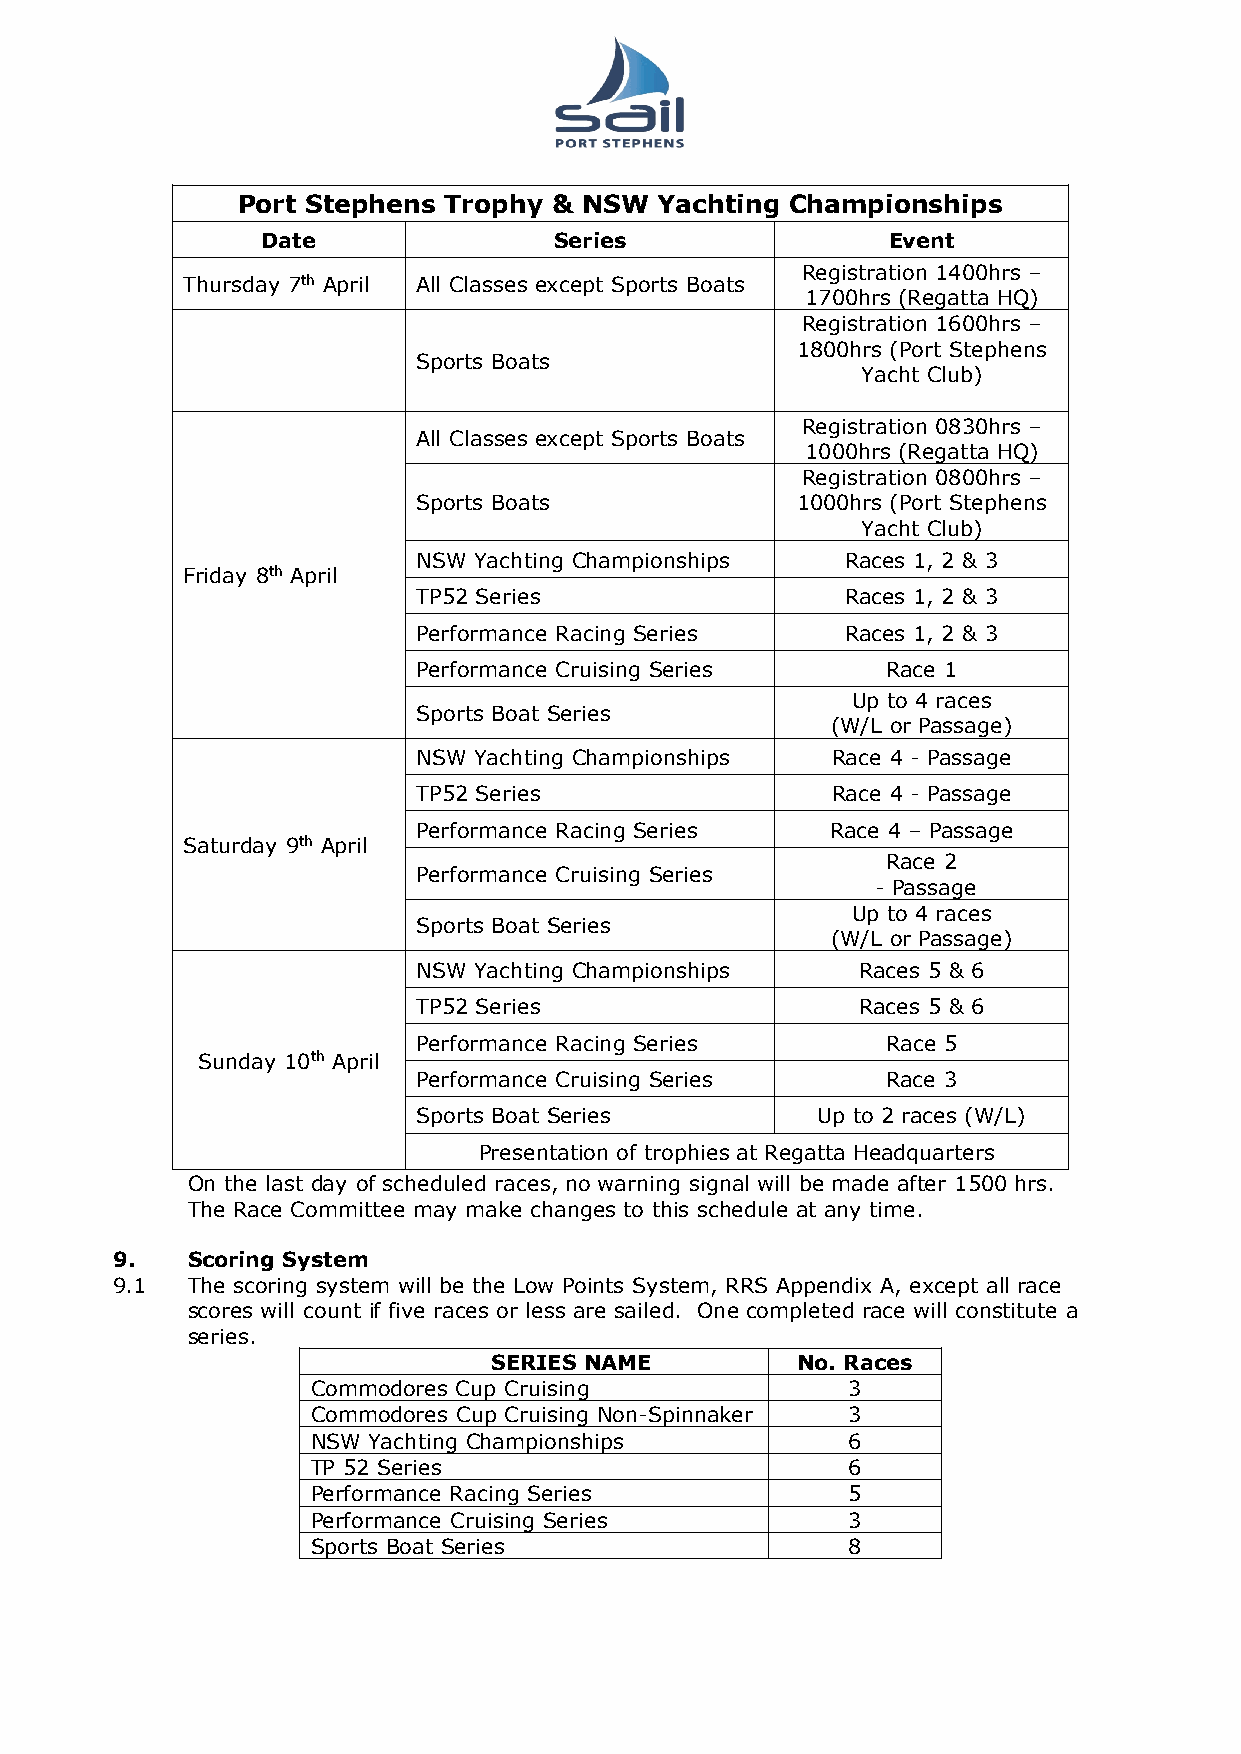
Port Stephens Trophy & NSW  Yachting Championships
 Date                Series                Event
 Registration 1400hrs –
 Thursday 7th April All Classes except Sports Boats
 1700hrs (Regatta HQ)
 Registration 1600hrs –
 1800hrs (Port Stephens
 Sports Boats
 Yacht Club)
 Registration 0830hrs –
 All Classes except Sports Boats
 1000hrs (Regatta HQ)
 Registration 0800hrs –
 Sports Boats             1000hrs (Port Stephens
 Yacht Club)
 NSW Yachting Championships  Races 1, 2 & 3
 Friday 8th April
 TP52 Series                 Races 1, 2 & 3
 Performance Racing Series   Races 1, 2 & 3
 Performance Cruising Series    Race 1
 Up to 4 races
 Sports Boat Series
 (W/L or Passage)
 NSW Yachting Championships Race 4 - Passage
 TP52 Series                Race 4 - Passage
 Performance Racing Series  Race 4 – Passage
 Saturday 9th April
 Race 2
 Performance Cruising Series
 - Passage
 Up to 4 races
 Sports Boat Series
 (W/L or Passage)
 NSW Yachting Championships   Races 5 & 6
 TP52 Series                  Races 5 & 6
 Performance Racing Series      Race 5
 Sunday 10th April
 Performance Cruising Series    Race 3
 Sports Boat Series        Up to 2 races (W/L)
 Presentation of trophies at Regatta Headquarters
 On the last day of scheduled races, no warning signal will be made after 1500 hrs.
 The Race Committee may make changes to this schedule at any time.
 9.   Scoring System
 9.1  The scoring system will be the Low Points System, RRS Appendix A, except all race
 scores will count if five races or less are sailed. One completed race will constitute a
 series.
 SERIES NAME          No. Races
 Commodores Cup Cruising            3
 Commodores Cup Cruising Non-Spinnaker 3
 NSW Yachting Championships         6
 TP 52 Series                       6
 Performance Racing Series          5
 Performance Cruising Series        3
 Sports Boat Series                 8